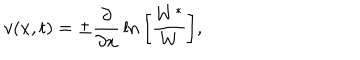
LaTeX: v ( x , t ) = \pm { \frac { \partial } { \partial x } } \ln \bigg [ { \frac { W ^ { * } } { W } } \bigg ] ,